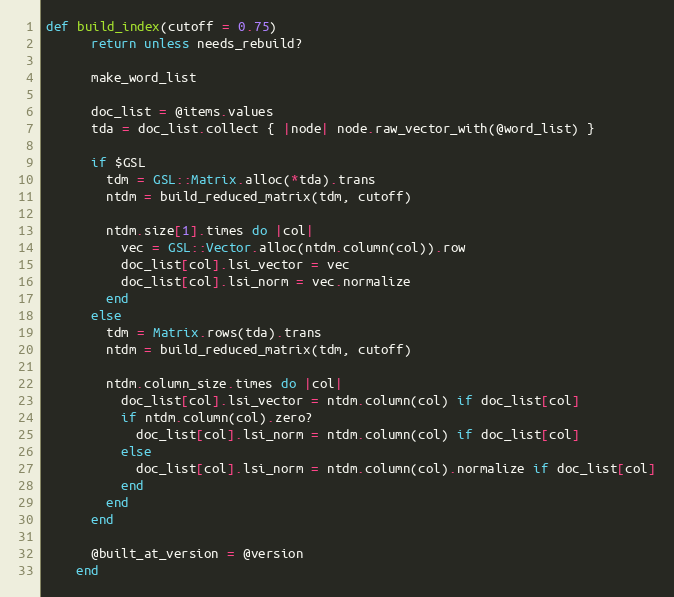
Language: Ruby
def build_index(cutoff = 0.75)
      return unless needs_rebuild?

      make_word_list

      doc_list = @items.values
      tda = doc_list.collect { |node| node.raw_vector_with(@word_list) }

      if $GSL
        tdm = GSL::Matrix.alloc(*tda).trans
        ntdm = build_reduced_matrix(tdm, cutoff)

        ntdm.size[1].times do |col|
          vec = GSL::Vector.alloc(ntdm.column(col)).row
          doc_list[col].lsi_vector = vec
          doc_list[col].lsi_norm = vec.normalize
        end
      else
        tdm = Matrix.rows(tda).trans
        ntdm = build_reduced_matrix(tdm, cutoff)

        ntdm.column_size.times do |col|
          doc_list[col].lsi_vector = ntdm.column(col) if doc_list[col]
          if ntdm.column(col).zero?
            doc_list[col].lsi_norm = ntdm.column(col) if doc_list[col]
          else
            doc_list[col].lsi_norm = ntdm.column(col).normalize if doc_list[col]
          end
        end
      end

      @built_at_version = @version
    end